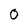
Character: 0